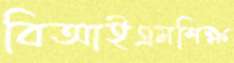
বিআইএমশিক্ষ